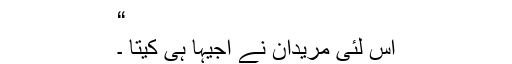
“
اس لئی مریدان نے اجیہا ہی کیتا ۔